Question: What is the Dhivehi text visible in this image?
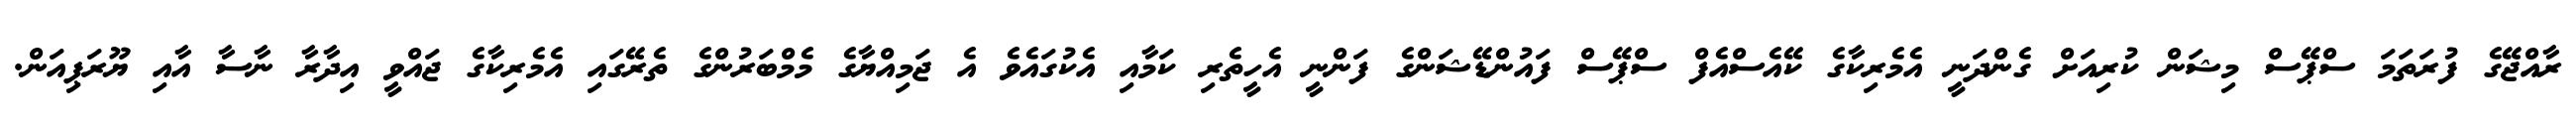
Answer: ރާއްޖޭގެ ފުރަތަމަ ސްޕޭސް މިޝަން ކުރިއަށް ގެންދަނީ އެމެރިކާގެ ކޭއެސްއެފް ސްޕޭސް ފައުންޑޭޝަންގެ ފަންނީ އެހީތެރި ކަމާއި އެކުގައެވެ އެ ޖަމިއްޔާގެ މެމްބަރުންގެ ތެރޭގައި އެމެރިކާގެ ޖައްވީ އިދާރާ ނާސާ އާއި ޔޫރަޕިއަން.